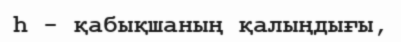
h - қабықшаның қалыңдығы,